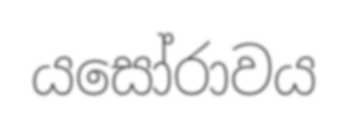
යසෝරාවය